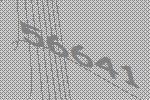
56641